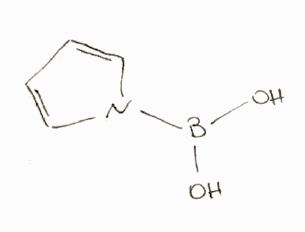
Simplified molecular-input line-entry system (SMILES) notation of the given molecule:
B(N1C=CC=C1)(O)O